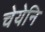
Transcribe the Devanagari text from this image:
चेयेनि